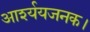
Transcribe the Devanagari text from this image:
आर्श्ययजनक।